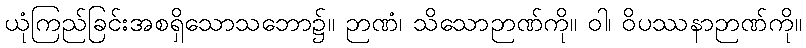
ယုံကြည်ခြင်းအစရှိသောသဘော၌။ ဉာဏံ၊ သိသောဉာဏ်ကို။ ဝါ၊ ဝိပဿနာဉာဏ်ကို။